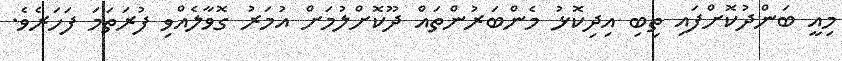
މިއީ ބަންދުކޮށްފައި ތިބި އިދިކޮޅު މެންބަރުންތައް ދޫކޮށްލުމަށް އުމަރު ގޮވާލެއްވި ފުރަތަމަ ފަހަރެވެ.